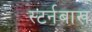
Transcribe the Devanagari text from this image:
स्टर्नबाख